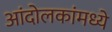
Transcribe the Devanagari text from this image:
आंदोलकांमध्ये